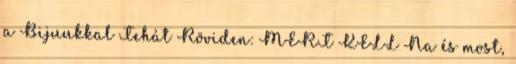
a Bijuukkal Tehát Röviden: MERT KELL Na és most,